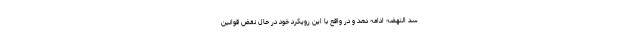
سد النهضه ادامه دهد و در واقع با این رویکرد خود در حال نقض قوانین